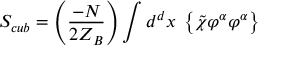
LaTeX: S _ { c u b } = \left( \frac { - N } { 2 Z _ { B } } \right) \int d ^ { d } x \; \left\{ \tilde { \chi } \varphi ^ { \alpha } \varphi ^ { \alpha } \right\}